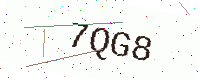
Text: 7QG8